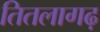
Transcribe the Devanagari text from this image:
तितलागढ़